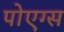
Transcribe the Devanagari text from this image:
पोएग्स